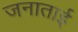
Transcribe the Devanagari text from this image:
जनाताई